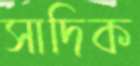
সাদিক